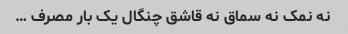
نه نمک نه سماق نه قاشق چنگال یک بار مصرف …